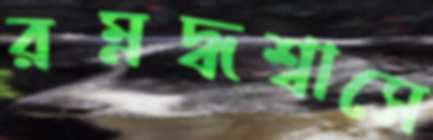
রম্নদ্ধশ্বাসে